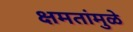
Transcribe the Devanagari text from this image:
क्षमतांमुळे